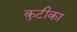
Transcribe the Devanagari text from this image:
कुटीका